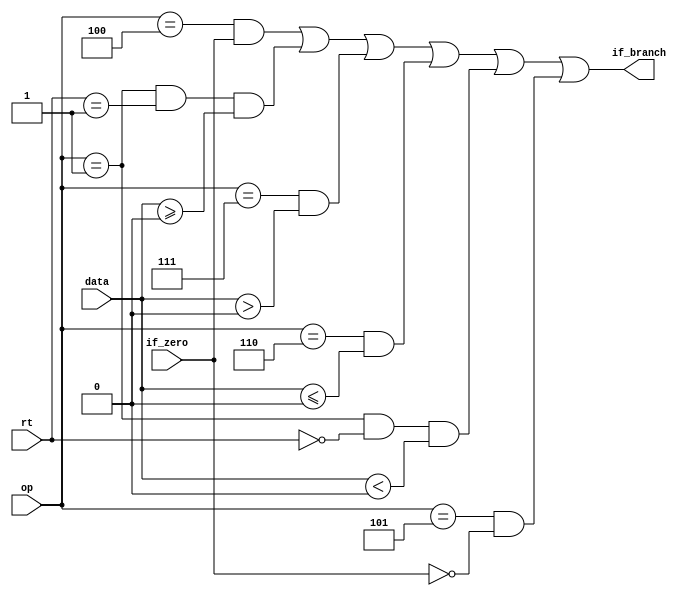
`timescale 1ns / 1ps

module BC(
    input [5:0] op,
    input [4:0] rt,
    input if_zero,
    input [31:0] data,
    output if_branch
    );

wire _beq = op==6'b000100;
wire _bgez = op==6'b000001 & rt==5'b00001;
wire _bgtz = op==6'b000111;
wire _blez = op==6'b000110;
wire _bltz = op==6'b000001 & rt==5'b00000;
wire _bne = op==6'b000101;

assign if_branch = (_beq & if_zero) |
                  (_bgez & ($signed(data)>=0)) |
                  (_bgtz & ($signed(data)>0)) |
                  (_blez & ($signed(data)<=0)) |
                  (_bltz & ($signed(data)<0)) |
                  (_bne & ~if_zero);

endmodule